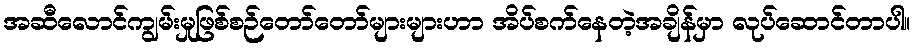
အဆီလောင်ကျွမ်းမှုဖြစ်စဉ်တော်တော်များများဟာ အိပ်စက်နေတဲ့အချိန်မှာ လုပ်ဆောင်တာပါ။